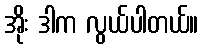
အိုး ဒါက လွယ်ပါတယ်။